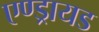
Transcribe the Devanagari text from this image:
एण्ड्रायड